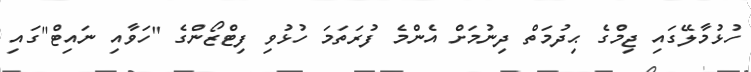
ހުޅުމާލޭގައި ޖިމްގެ ޙިދުމަތް ދިނުމަށް އެންމެ ފުރަތަމަ ހުޅުވި ފިޓްޒޯންގެ "ހަވާއި ނައިޓް"ގައި